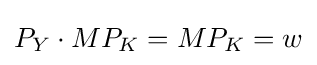
P_{Y}\cdot MP_{K}=MP_{K}=w